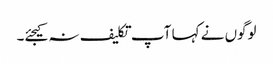
لوگوں نے کہا آپ تکلیف نہ کیجئے۔